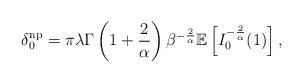
LaTeX: \begin{align*}\delta_0^{\textrm{np}}=\pi\lambda \Gamma\left(1+\frac{2}{\alpha}\right)\beta^{-\frac{2}{\alpha}}\mathbb{E}\left[I_0^{-\frac{2}{\alpha}}(1)\right],\end{align*}